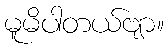
မူမိပါတယ်ဗျာ။